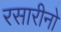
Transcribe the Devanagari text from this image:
रसारीनो